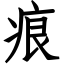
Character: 痕